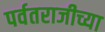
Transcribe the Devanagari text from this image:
पर्वतराजीच्या